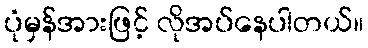
ပုံမှန်အားဖြင့် လိုအပ်နေပါတယ်။